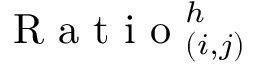
\mathrm { ~ R ~ a ~ t ~ i ~ o ~ } _ { ( i , j ) } ^ { h }